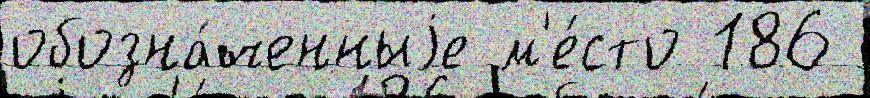
обозна́ченныjе м'е́сто 186